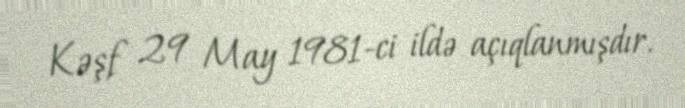
Kəşf 29 May 1981-ci ildə açıqlanmışdır.